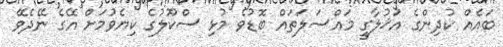
ބައެއް ކުދިންގެ އަޚުލާގީ މައްސަލަތައް ބޮޑުވެ މުޅި ސްކޫލުގެ ކިޔެވުމަށް އޭގެ ނޭދެވޭ